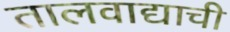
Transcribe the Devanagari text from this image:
तालवाद्याची